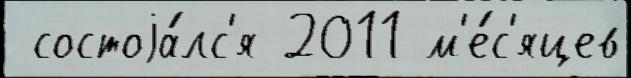
 состоjа́лс'я 2011 м'е́с'яцев